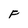
Character: F